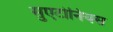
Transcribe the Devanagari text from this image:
सुएटोनियस